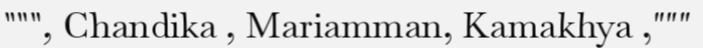
""", Chandika , Mariamman, Kamakhya ,"""